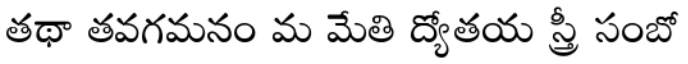
తథా తవగమనం మ మేతి ద్యోతయ స్త్రీ సంబో